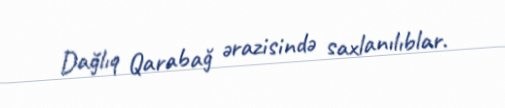
Dağlıq Qarabağ ərazisində saxlanılıblar.